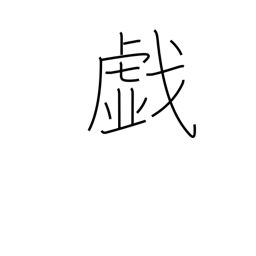
Meaning: frolic